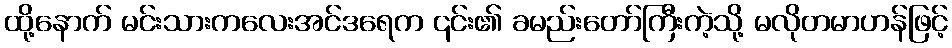
ထို့နောက် မင်းသားကလေးအင်ဒရေက ၎င်း၏ ခမည်းတော်ကြီးကဲ့သို့ မလိုတမာဟန်ဖြင့်